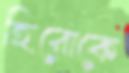
হিরোকে